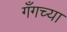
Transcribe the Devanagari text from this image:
गँगच्या